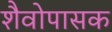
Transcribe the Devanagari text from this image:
शैवोपासक